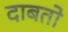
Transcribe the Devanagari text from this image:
दाबतो